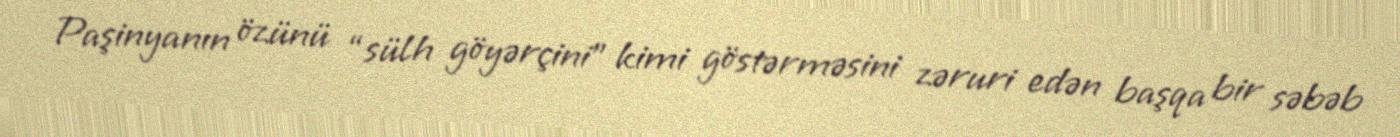
Paşinyanın özünü “sülh göyərçini” kimi göstərməsini zəruri edən başqa bir səbəb